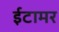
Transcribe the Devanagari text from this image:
ईटामर